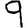
Digit: 9